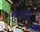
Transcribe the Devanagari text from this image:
हिमसुद्धा